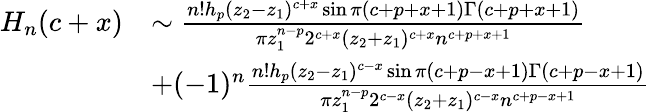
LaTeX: \begin{array}{rl}{H_{n}(c+x)}&{\sim\frac{n!h_{p}(z_{2}-z_{1})^{c+x}\sin\pi(c+p+x+1)\Gamma(c+p+x+1)}{\pi z_{1}^{n-p}2^{c+x}(z_{2}+z_{1})^{c+x}n^{c+p+x+1}}}\\ &{+(-1)^{n}\frac{n!h_{p}(z_{2}-z_{1})^{c-x}\sin\pi(c+p-x+1)\Gamma(c+p-x+1)}{\pi z_{1}^{n-p}2^{c-x}(z_{2}+z_{1})^{c-x}n^{c+p-x+1}}}\end{array}